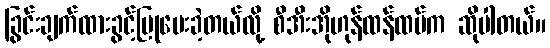
ခြွင်းချက်ထားခွင့်ပြုပေးခဲ့တယ်လို့ စီအီးအိုဟုန်ထန်ထပ်က ဆိုပါတယ်။